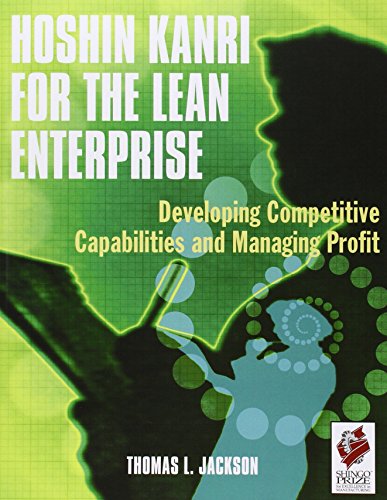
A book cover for Hoshin Kanri for the Lean Enterprise: Developing Competitive Capabilities and Managing Profit; Thomas L. Jackson; Business & Money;